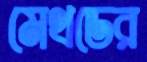
মেথডের